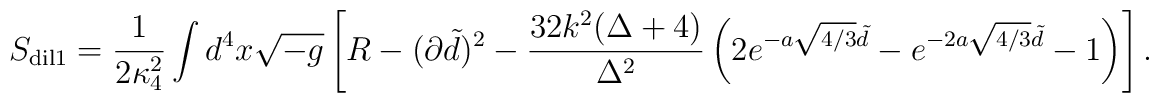
S_{\rm dil1} = {1 \over {2 \kappa_4^2}} \int d^4 x \sqrt{-g} \left [  R - (\partial \tilde d)^2 -  \frac{32k^2(\Delta +4)}{\Delta^2}\left  (2e^{-a \sqrt{4/3} \tilde d} -  e^{-2a \sqrt{4/3} \tilde d} - 1\right ) \right].